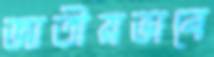
জাতীয়ভাবে